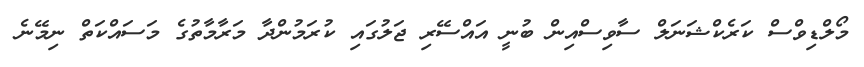
މޯލްޑިވްސް ކަރެކްޝަނަލް ސާވިސްއިން ބުނީ އައްސޭރި ޖަލުގައި ކުރަމުންދާ މަރާމާތުގެ މަސައްކަތް ނިމޭނެ